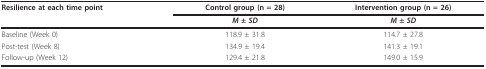
<table><thead><tr><td><b>Resilience at each time point</b></td><td><b>Control group (n = 28)</b></td><td><b>Intervention group (n = 26)</b></td></tr><tr><td></td><td><b><i>M </i>± <i>SD</i></b></td><td><b><i>M </i>± <i>SD</i></b></td></tr></thead><tbody><tr><td>Baseline (Week 0)</td><td>118.9 ± 31.8</td><td>114.7 ± 27.8</td></tr><tr><td>Post-test (Week 8)</td><td>134.9 ± 19.4</td><td>141.3 ± 19.1</td></tr><tr><td>Follow-up (Week 12)</td><td>129.4 ± 21.8</td><td>149.0 ± 15.9</td></tr></tbody></table>